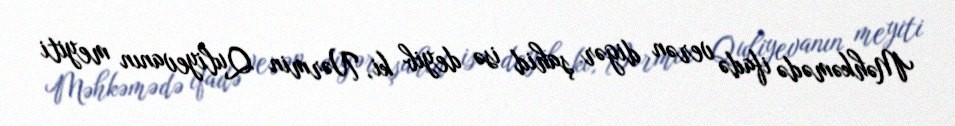
Məhkəmədə ifadə verən digər şahid isə deyib ki, Nərmin Quliyevanın meyiti